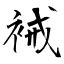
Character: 裓